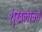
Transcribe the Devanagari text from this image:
शॄंखलाओं